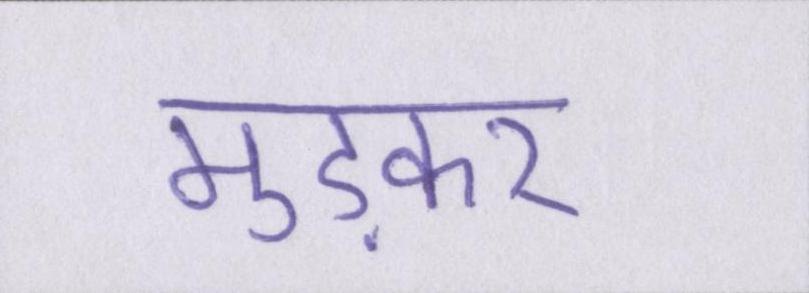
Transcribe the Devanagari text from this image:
मुड़कर